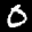
Label: 0